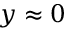
y \approx 0